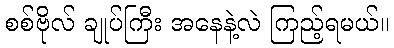
စစ်ဗိုလ် ချုပ်ကြီး အနေနဲ့လဲ ကြည့်ရမယ်။